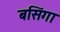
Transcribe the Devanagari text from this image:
बसिंगा